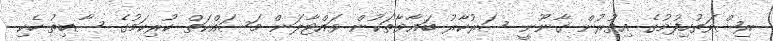
ރިޝްވަތުހިފުމުގެ އިތުރުން ގާނޫނީ ސަރުކާރު ބަޣާވާތަކުން ވައްޓާލަން މަސައްކަތް ކުރިކަމުގެ ސާބިތު ހެކި